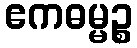
ဧကဓမ္မဉ္စ